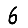
Digit: 6